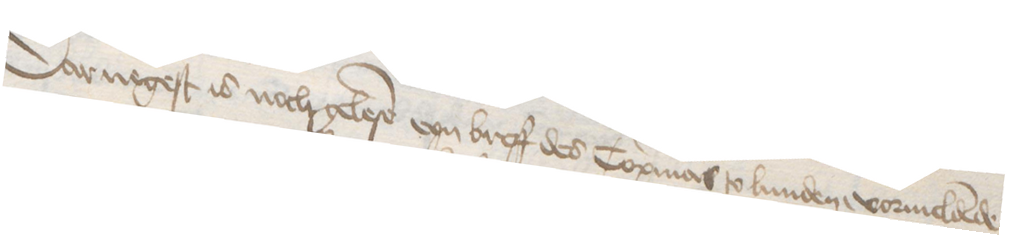
Darnegest is noch gelese eyn breff des Copmans to Lunden, vormeldende